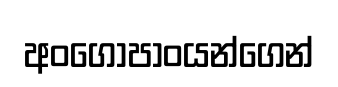
අංගෝපාංයන්ගෙන්